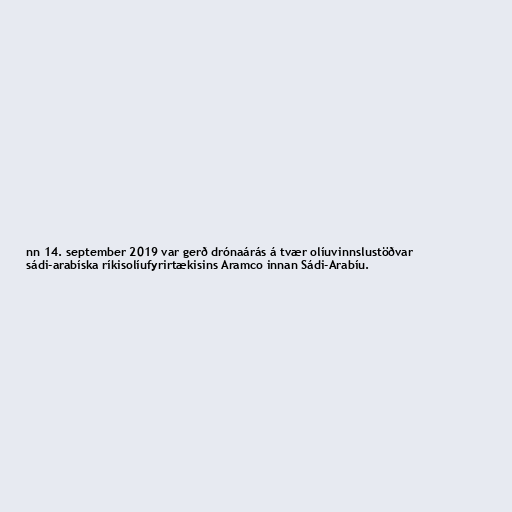
nn 14. september 2019 var gerð drónaárás á tvær olíuvinnslustöðvar
sádi-arabíska ríkisolíufyrirtækisins Aramco innan Sádi-Arabíu.